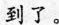
到了。